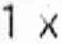
1 X